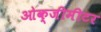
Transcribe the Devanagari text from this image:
ओक्जीमीटर